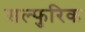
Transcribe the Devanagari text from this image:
सल्फुरिक